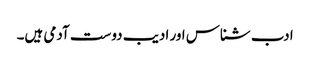
ادب شناس اور ادیب دوست آدمی ہیں۔